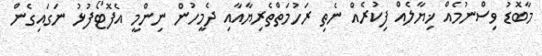
މާބޮޑު ވިސްނުމެއް ޚިޔާލެއް ފިކުރެއް ނެތި ރަހުމަތްތެރިޔާއާއި ދެމީހުން ނިންމީ އެފޮޓޯފުޅު ނަގައިގެން